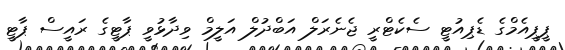
ޕީޕީއެމްގެ ޑެޕިއުޓީ ސެކެޓްރީ ޖެނެރަލް އަބްދުލް އަލީމް ވިދާޅުވީ ޕާޓީގެ ރައީސް ޕާޓީ